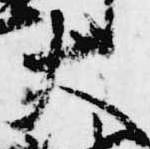
大